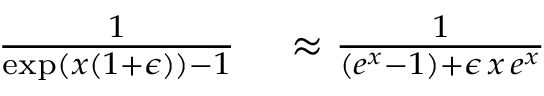
\begin{array} { r l } { \frac { 1 } { \exp ( x ( 1 + \epsilon ) ) - 1 } } & { { } \approx \frac { 1 } { ( e ^ { x } - 1 ) + \epsilon \, x \, e ^ { x } } } \end{array}